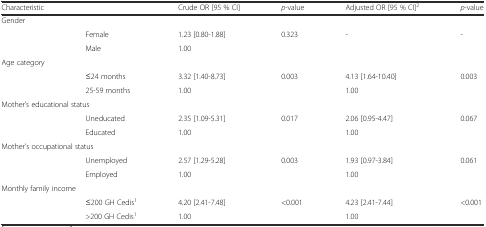
<table><thead><tr><td><b>Characteristic</b></td><td></td><td><b>Crude OR [95 % CI]</b></td><td><b><i>p</i>-value</b></td><td><b>Adjusted OR [95 % CI]<sup>2</sup></b></td><td><b><i>p</i>-value</b></td></tr></thead><tbody><tr><td>Gender</td><td></td><td></td><td></td><td></td><td></td></tr><tr><td></td><td>Female</td><td>1.23 [0.80-1.88]</td><td>0.323</td><td>-</td><td>-</td></tr><tr><td></td><td>Male</td><td>1.00</td><td></td><td></td><td></td></tr><tr><td>Age category</td><td></td><td></td><td></td><td></td><td></td></tr><tr><td></td><td>≤24 months</td><td>3.32 [1.40-8.73]</td><td>0.003</td><td>4.13 [1.64-10.40]</td><td>0.003</td></tr><tr><td></td><td>25-59 months</td><td>1.00</td><td></td><td>1.00</td><td></td></tr><tr><td colspan="2">Mother’s educational status</td><td></td><td></td><td></td><td></td></tr><tr><td></td><td>Uneducated</td><td>2.35 [1.09-5.31]</td><td>0.017</td><td>2.06 [0.95-4.47]</td><td>0.067</td></tr><tr><td></td><td>Educated</td><td>1.00</td><td></td><td>1.00</td><td></td></tr><tr><td colspan="2">Mother&#x27;s occupational status</td><td></td><td></td><td></td><td></td></tr><tr><td></td><td>Unemployed</td><td>2.57 [1.29-5.28]</td><td>0.003</td><td>1.93 [0.97-3.84]</td><td>0.061</td></tr><tr><td></td><td>Employed</td><td>1.00</td><td></td><td>1.00</td><td></td></tr><tr><td colspan="2">Monthly family income</td><td></td><td></td><td></td><td></td></tr><tr><td></td><td>≤200 GH Cedis<sup>1</sup></td><td>4.20 [2.41-7.48]</td><td>&lt;0.001</td><td>4.23 [2.41-7.44]</td><td>&lt;0.001</td></tr><tr><td></td><td>&gt;200 GH Cedis<sup>1</sup></td><td>1.00</td><td></td><td>1.00</td><td></td></tr></tbody></table>